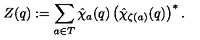
Z ( q ) : = \sum _ { a \in T } \hat { \chi } _ { a } ( q ) \left( \hat { \chi } _ { \zeta ( a ) } ( q ) \right) ^ { * } .